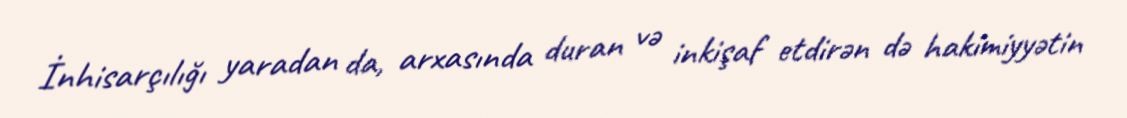
İnhisarçılığı yaradan da, arxasında duran və inkişaf etdirən də hakimiyyətin